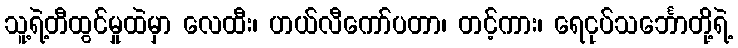
သူ့ရဲ့တီထွင်မှုထဲမှာ လေထီး၊ ဟယ်လီကော်ပတာ၊ တင့်ကား၊ ရေငုပ်သင်္ဘောတို့ရဲ့